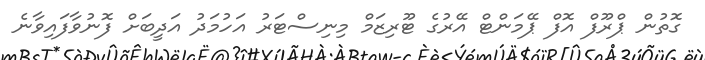
ގޮތުން ޕްރޫފް އޮފް ޕޭމަންޓް އޭރުގެ ޓޫރިޒަމް މިނިސްޓަރު އަހުމަދު އަދީބަށް ފޮނުވާފައިވާނެ